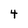
Character: 4